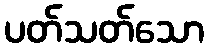
ပတ်သတ်သော